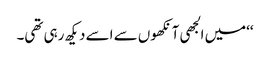
‘‘میں الجھی آنکھوں سے اسے دیکھ رہی تھی۔